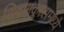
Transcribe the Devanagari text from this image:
शिवणक्लासमध्ये